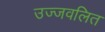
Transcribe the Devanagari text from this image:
उज्जवलित